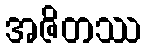
အဇိတဿ